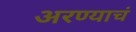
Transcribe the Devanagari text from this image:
अरण्याचं